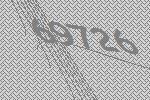
69726